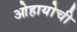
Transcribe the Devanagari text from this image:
ओहायोची